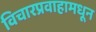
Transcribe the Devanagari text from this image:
विचारप्रवाहामधून